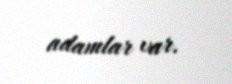
adamlar var.